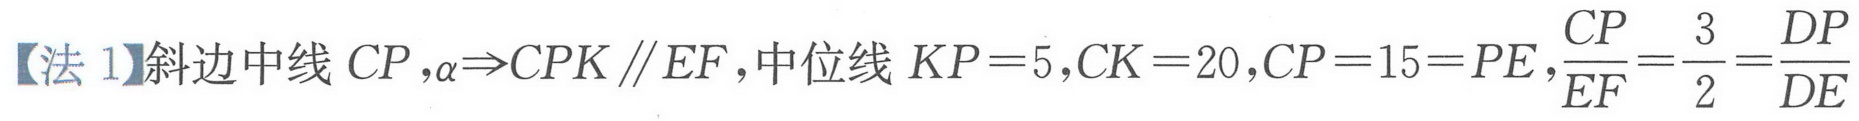
【法 1】斜边中线$CP,\alpha\Rightarrow CPK\parallel EF$,中位线$KP = 5,CK = 20,CP = 15=PE,\frac{CP}{EF}=\frac{3}{2}=\frac{DP}{DE}$